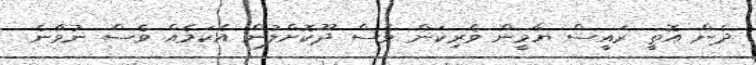
ދެން އޮތީ ރައީސް ޔާމީން ވެރިކަން ވެސް ދޫކޮށްލުން އެކަމެއް ވެސް ނުވާނެ.